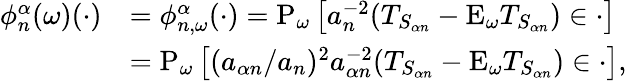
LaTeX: \begin{array}{rl}{\phi_{n}^{\alpha}(\omega)(\cdot)}&{=\phi_{n,\omega}^{\alpha}(\cdot)=\mathrm{P}_{\omega}\left[a_{n}^{-2}(T_{S_{\alpha n}}-\mathrm{E}_{\omega}T_{S_{\alpha n}})\in\cdot\right]}\\ &{=\mathrm{P}_{\omega}\left[(a_{\alpha n}/a_{n})^{2}a_{\alpha n}^{-2}(T_{S_{\alpha n}}-\mathrm{E}_{\omega}T_{S_{\alpha n}})\in\cdot\right],}\end{array}